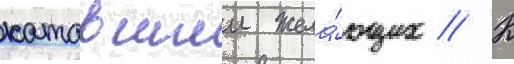
катавшии жела́ющих // К